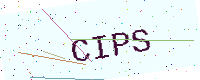
Text: CIPS